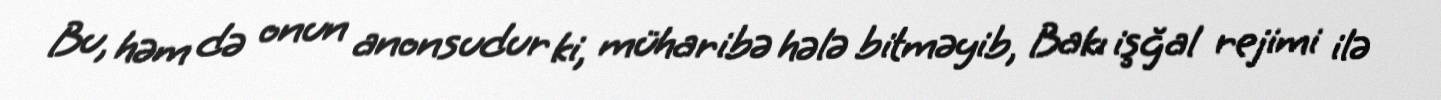
Bu, həm də onun anonsudur ki, müharibə hələ bitməyib, Bakı işğal rejimi ilə